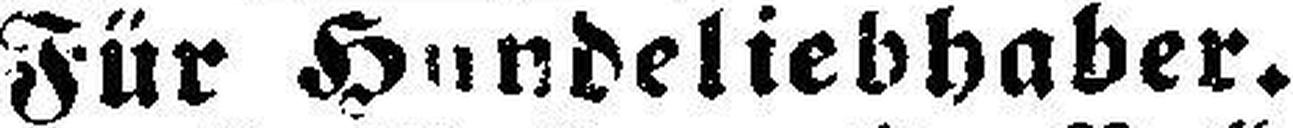
Für Hxndeliebhaber.